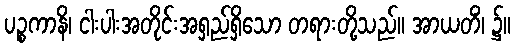
ပဉ္စကာနိ၊ ငါးပါးအတိုင်းအရှည်ရှိသော တရားတို့သည်။ အာယတိံ၊ ၌။